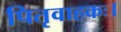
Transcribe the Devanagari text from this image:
पितृवाहकः।